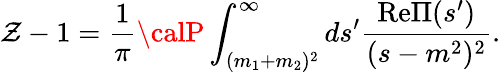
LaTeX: \mathcal{Z}-1=\frac{{1}}{{\pi}}{\calP}\int_{(m_{1}+m_{2})^{2}}^{\infty}ds^{\prime}\frac{{\mathrm{{Re}}\Pi(s^{\prime})}}{{(s-m^{2})^{2}}}.